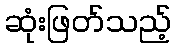
ဆုံးဖြတ်သည့်